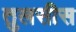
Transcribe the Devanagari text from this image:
तुलसीस